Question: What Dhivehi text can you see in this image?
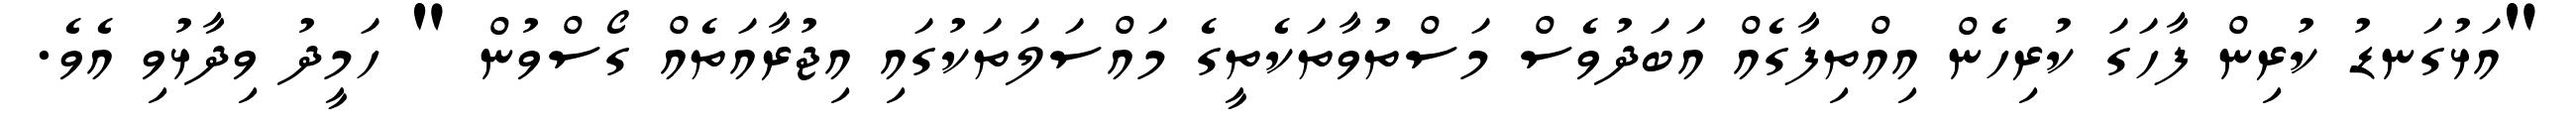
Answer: "އަޅުގަނޑު ކުރިން ފާހަގަ ކުރިހެން އިއްތިފާގެއް އަބަދުވެސް މަސްތުވާތަކެތީގެ މައްސަލަތަކުގައި އިޖުރާއަތެއް ގޯސްވުން " ހަމީދު ވިދާޅުވި އެވެ.